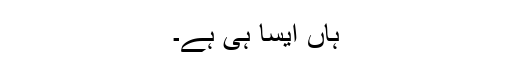
ہاں ایسا ہی ہے۔